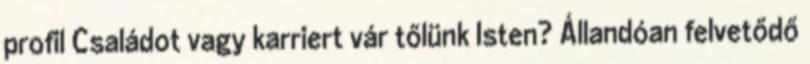
profil Családot vagy karriert vár tőlünk Isten? Állandóan felvetődő